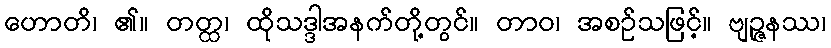
ဟောတိ၊ ၏။ တတ္ထ၊ ထိုသဒ္ဒါအနက်တို့တွင်။ တာဝ၊ အစဉ်သဖြင့်။ ဗျဉ္ဇနဿ၊